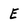
Character: E